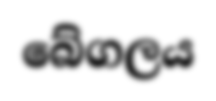
බේගලය